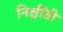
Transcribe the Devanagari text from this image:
निश्चींती